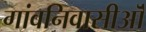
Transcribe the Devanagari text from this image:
गांवनिवासीऒं